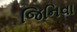
જિનિવા